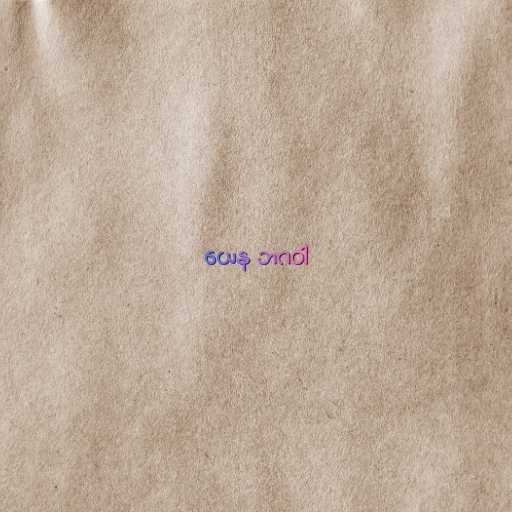
ယေန ဘဂဝါ